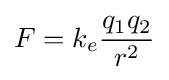
F=k_{e}{\frac {q_{1}q_{2}}{r^{2}}}